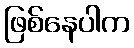
ဖြစ်နေပါက